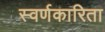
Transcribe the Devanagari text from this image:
स्वर्णकारिता